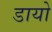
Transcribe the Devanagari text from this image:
डायो